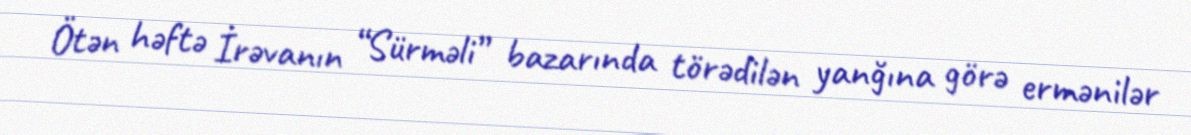
Ötən həftə İrəvanın “Sürməli” bazarında törədilən yanğına görə ermənilər